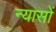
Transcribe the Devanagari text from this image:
न्‍यासों